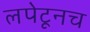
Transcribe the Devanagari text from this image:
लपेटूनच